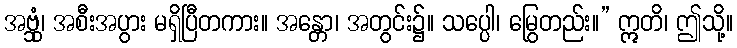
အဗ္ဘုံ၊ အစီးအပွား မရှိပြီတကား။ အန္တော၊ အတွင်း၌။ သပ္ပေါ၊ မြွေတည်း။” ဣတိ၊ ဤသို့။